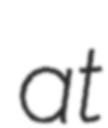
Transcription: at